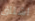
اشتاق